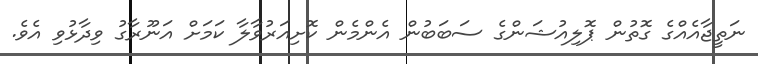
ނަތީޖާއެއްގެ ގޮތުން ޕޮލިއުޝަންގެ ސަބަބުން އެންމެން ކޮށިއަރުވާލާ ކަމަށް އަނޫރާގު ވިދާޅުވި އެވެ.